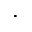
\cdot